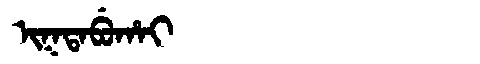
Manchu: ᡳᡴᡨᠠᠪᡠᡥᠠᡳ
Romanization: IKTABUHAI